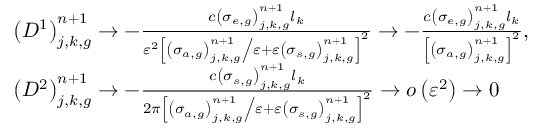
\begin{array} { l } { { \left( D ^ { 1 } \right) _ { j , k , g } ^ { n + 1 } \to - \frac { c \left( \sigma _ { e , g } \right) _ { j , k , g } ^ { n + 1 } l _ { k } } { \varepsilon ^ { \mathrm { 2 } } \left[ { \left( \sigma _ { a , g } \right) _ { j , k , g } ^ { n + 1 } \mathord { \left/ { \vphantom { \left( \sigma _ { a , g } \right) _ { j , k , g } ^ { n + 1 } \varepsilon } } \right. \kern - \nulldelimiterspace } \varepsilon } + \varepsilon \left( \sigma _ { s , g } \right) _ { j , k , g } ^ { n + 1 } \right] ^ { \mathrm { 2 } } } \to - \frac { c \left( \sigma _ { e , g } \right) _ { j , k , g } ^ { n + 1 } l _ { k } } { \left[ \left( \sigma _ { a , g } \right) _ { j , k , g } ^ { n + 1 } \right] ^ { 2 } } \mathrm { , } } } \\ { { \left( D ^ { 2 } \right) _ { j , k , g } ^ { n + 1 } \to - \frac { c \left( \sigma _ { s , g } \right) _ { j , k , g } ^ { n + 1 } l _ { k } } { 2 \pi \left[ { \left( \sigma _ { a , g } \right) _ { j , k , g } ^ { n + 1 } \mathord { \left/ { \vphantom { \left( \sigma _ { a , g } \right) _ { j , k , g } ^ { n + 1 } \varepsilon } } \right. \kern - \nulldelimiterspace } \varepsilon } + \varepsilon \left( \sigma _ { s , g } \right) _ { j , k , g } ^ { n + 1 } \right] ^ { \mathrm { 2 } } } \to o \left( \varepsilon ^ { 2 } \right) \to 0 } } \end{array}